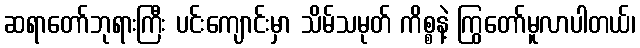
ဆရာတော်ဘုရားကြီး ပင်းကျောင်းမှာ သိမ်သမုတ် ကိစ္စနဲ့ ကြွတော်မူလာပါတယ်၊